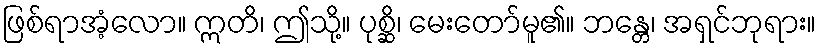
ဖြစ်ရာအံ့လော။ ဣတိ၊ ဤသို့။ ပုစ္ဆိ၊ မေးတော်မူ၏။ ဘန္တေ၊ အရှင်ဘုရား။